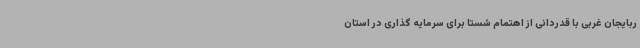
ربایجان غربی با قدردانی از اهتمام شستا برای سرمایه گذاری در استان